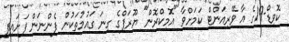
ކޮވިޑް-19ގެ އާ ވޭރިއަންޓް ކަމަށްވާ "އޮމިކްރޮން" ޔޫރަޕްގެ ގިނަ ގައުމުތަކުން ފެންނަން ފަށައިފި